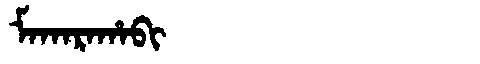
Manchu: ᠮᠠᡴᠠᡵᠠᡥᠠᠪᡳ
Romanization: MAKARAHABI